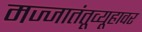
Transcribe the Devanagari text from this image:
मज्जातंतूव्यूहावर